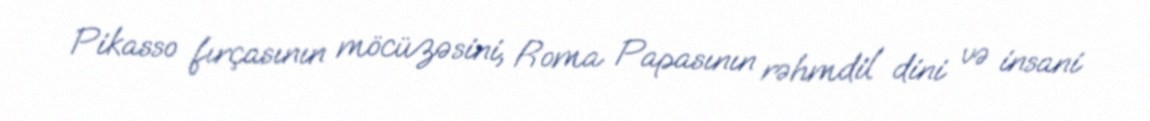
Pikasso fırçasının möcüzəsini, Roma Papasının rəhmdil dini və insani